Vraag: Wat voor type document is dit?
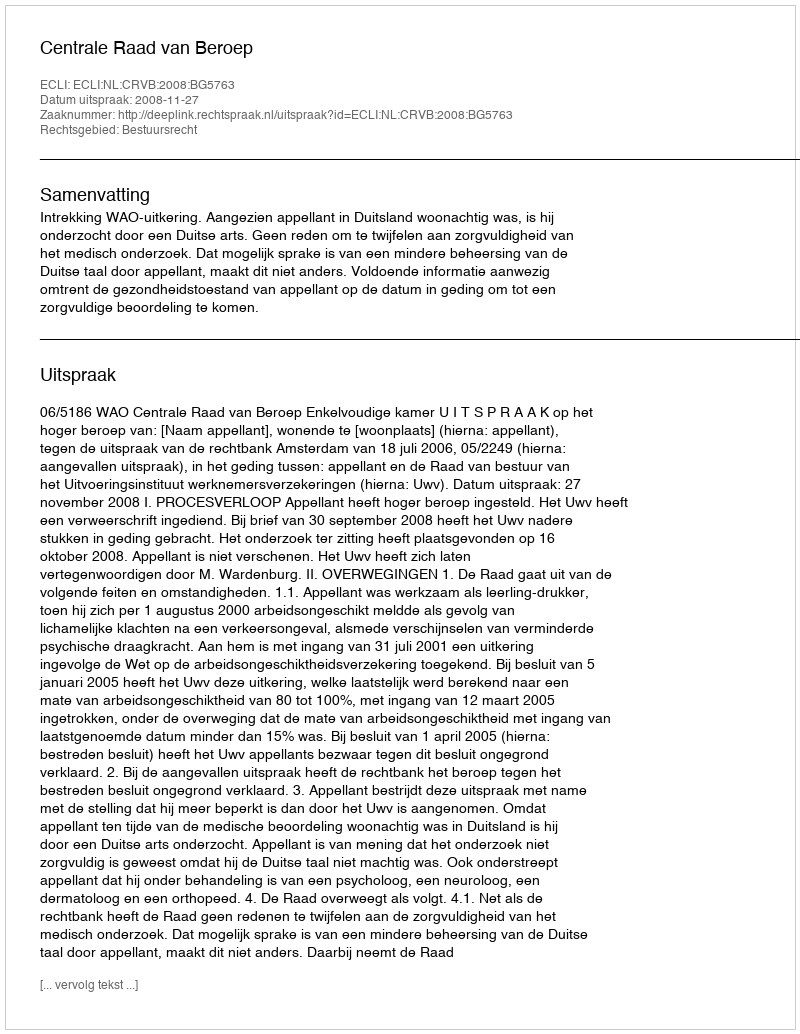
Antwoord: Uitspraak